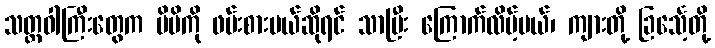
သတ္တဝါကြီးတွေက မိမိကို ဖမ်းစားမယ်ဆိုရင် သာပြီး ကြောက်လိမ့်မယ်၊ ကျားတို့ ခြင်္သေ့တို့